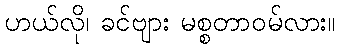
ဟယ်လို၊ ခင်ဗျား မစ္စတာဝမ်လား။